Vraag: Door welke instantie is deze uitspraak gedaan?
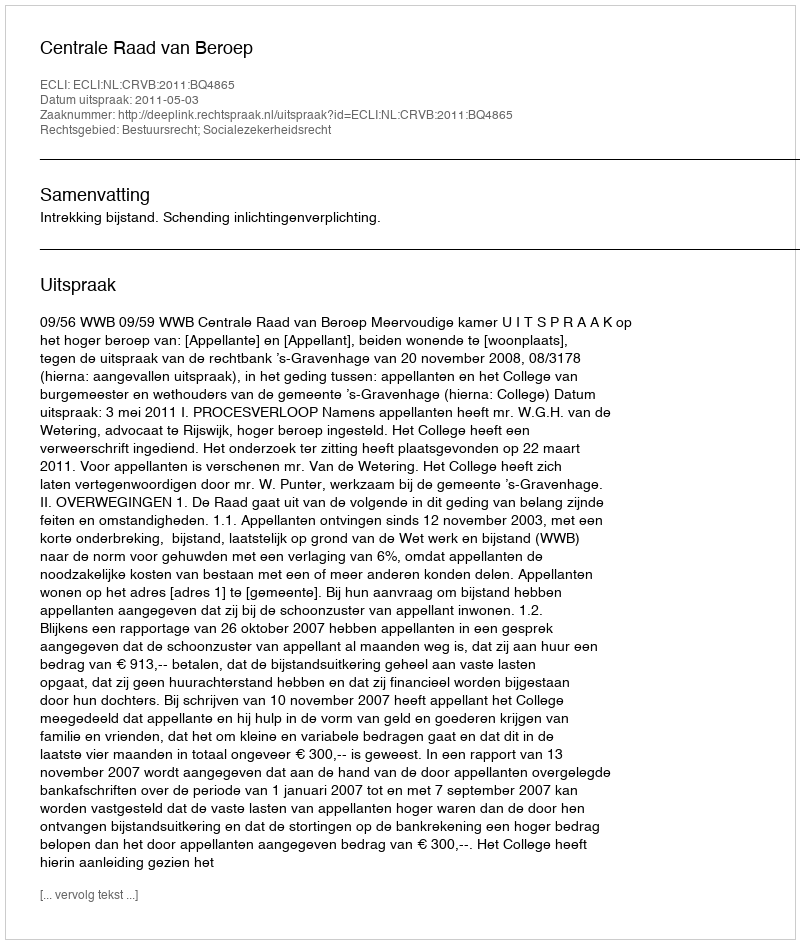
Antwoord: Centrale Raad van Beroep